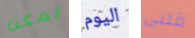
يمكن اليوم قلبى